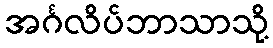
အင်္ဂလိပ်ဘာသာသို့